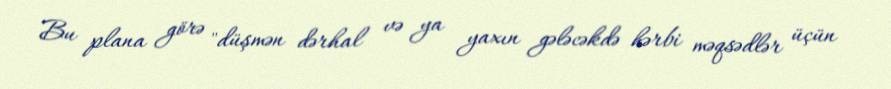
Bu plana görə "düşmən dərhal və ya yaxın gələcəkdə hərbi məqsədlər üçün